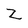
Character: Z